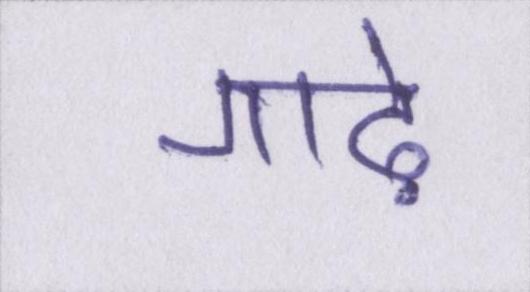
गाढ़े